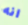
انه